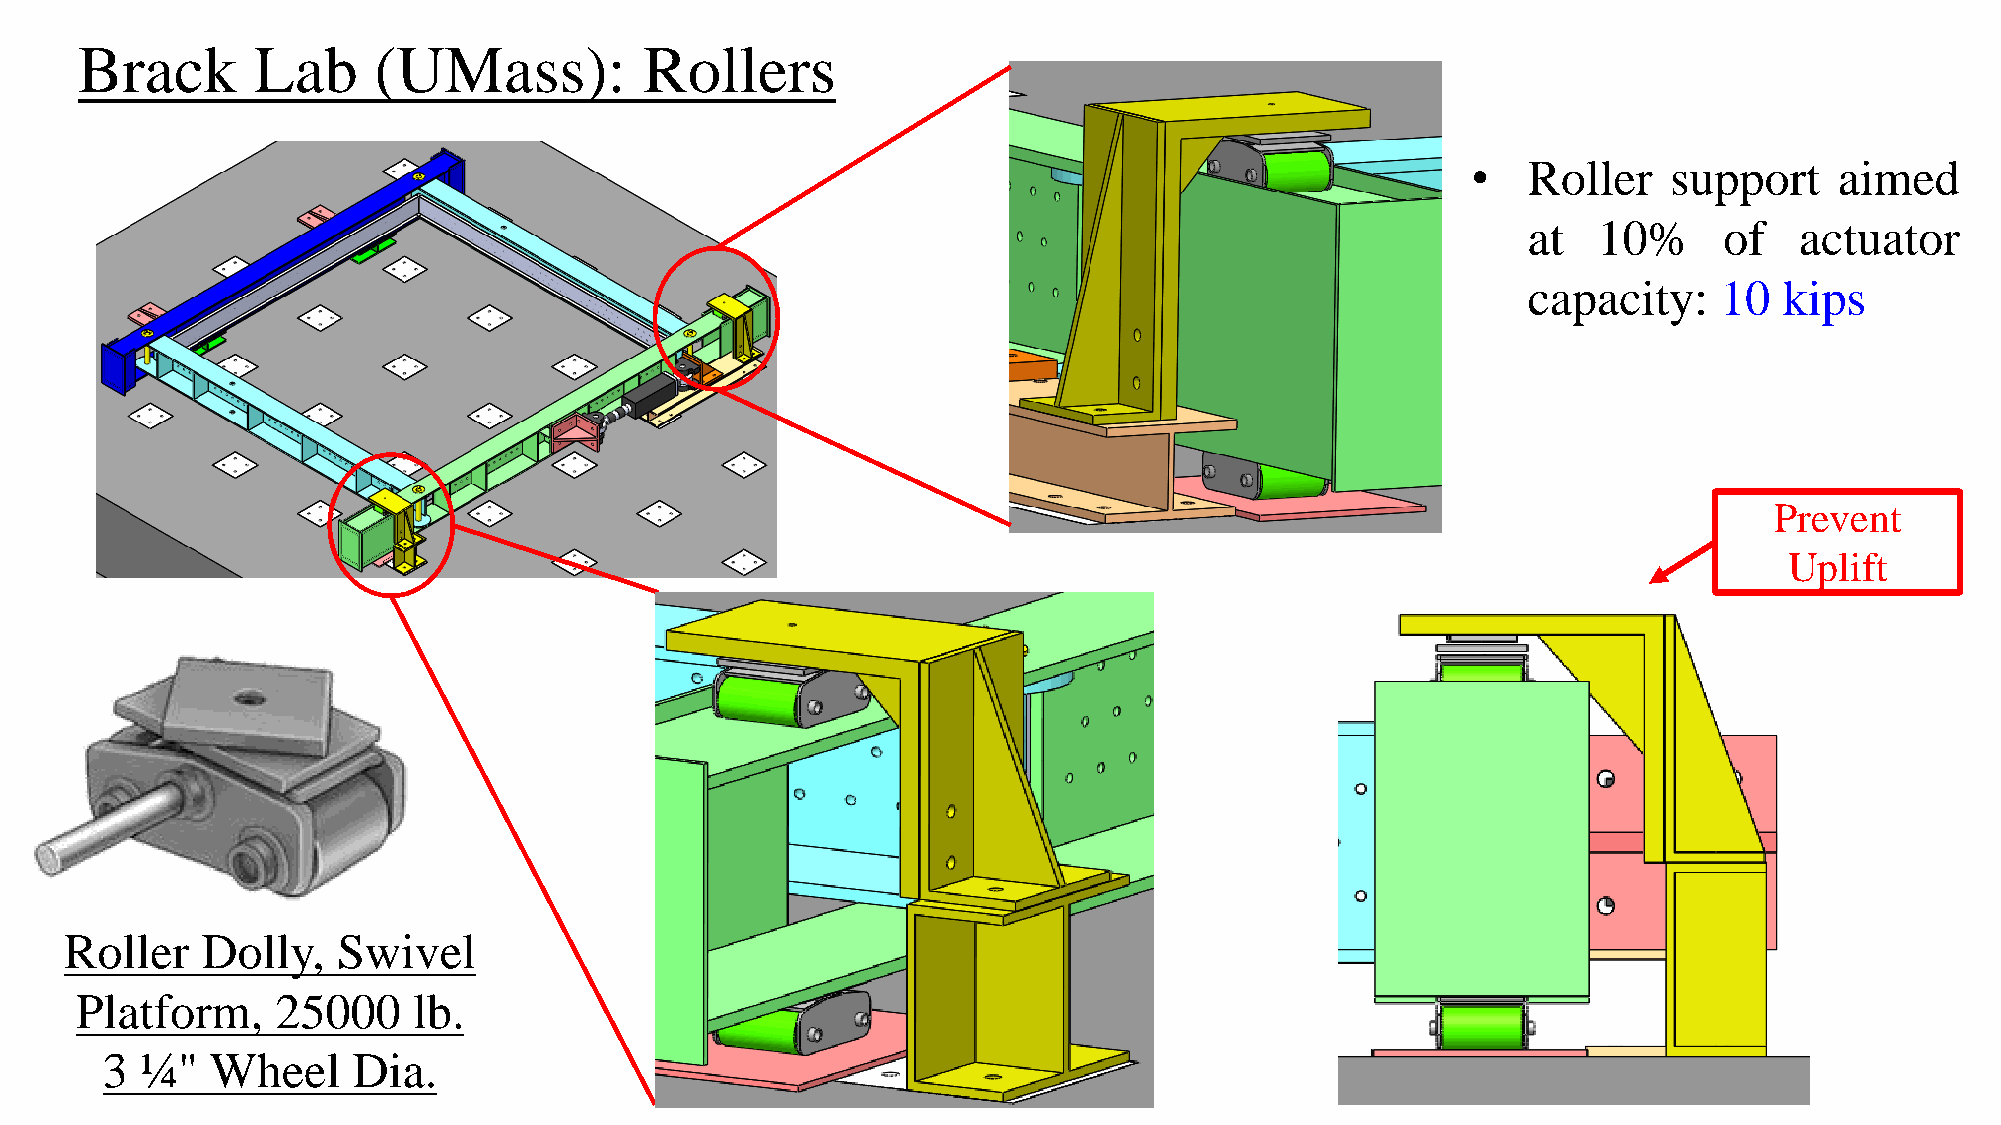
Brack       Lab     (UMass):          Rollers
 •   Roller    support    aimed
 at   10%     of   actuator
 capacity:    10  kips
 Prevent
 Uplift
 Roller   Dolly,   Swivel
 Platform,    25000    lb.
 3 ¼"   Wheel    Dia.